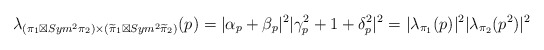
\begin{align*}\lambda_{ (\pi_1\boxtimes Sym^2\pi_2) \times(\widetilde\pi_1\boxtimes Sym^2\widetilde\pi_2) }(p)=|\alpha_p+\beta_p|^2|\gamma_p^2+1+\delta_p^2|^2=|\lambda_{\pi_1}(p)|^2|\lambda_{\pi_2}(p^2)|^2\end{align*}